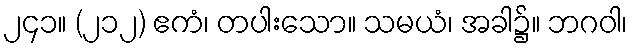
၂၄၁။ (၂၁၂) ဧကံ၊ တပါးသော။ သမယံ၊ အခါ၌။ ဘဂဝါ၊